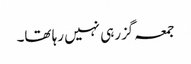
جمعہ گزرہی نہیں رہا تھا۔